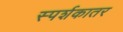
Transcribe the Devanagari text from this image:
स्पर्शकातर